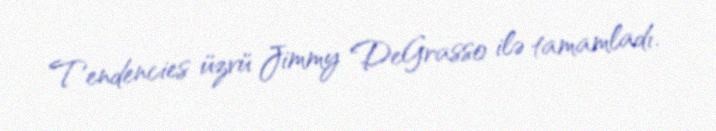
Tendencies üzvü Jimmy DeGrasso ilə tamamladı.